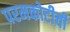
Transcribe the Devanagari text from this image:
परमकोटीची